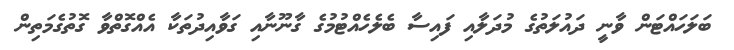
ބަލަހައްޓަން ވާނީ ދައުލަތުގެ މުދަލާއި ފައިސާ ބެލެހެއްޓުމުގެ ގާނޫނާއި ގަވާއިދުތަކާ އެއްގޮތްވާ ގޮތުގެމަތިން